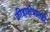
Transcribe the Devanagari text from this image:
क्रीडाक्षेत्रातही